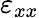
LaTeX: \varepsilon_{xx}